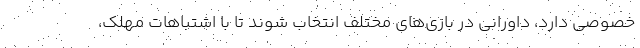
خصوصی دارد، داورانی در بازی‌های مختلف انتخاب شوند تا با اشتباهات مهلک،